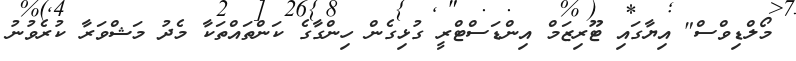
މޯލްޑިވްސް" އިޔާގައި ޓޫރިޒަމް އިންޑަސްޓްރީ ގުޅިގެން ހިންގާގެ ކަންތައްތަކާ މެދު މަޝްވަރާ ކުރެވުނު